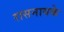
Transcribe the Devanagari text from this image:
रासनायके